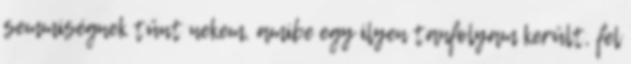
semmiségnek tűnt nekem, amibe egy ilyen tanfolyam került, fel